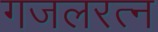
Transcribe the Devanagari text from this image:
गजलरत्‍न